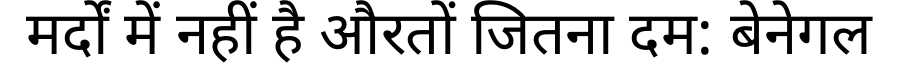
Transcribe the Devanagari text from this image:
मर्दों में नहीं है औरतों जितना दम: बेनेगल